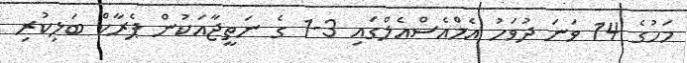
މަހުގެ 14 ވަނަ ދުވަހު އެމްއެސްއެލްގައި 3-1 ގެ ނަތީޖާއަކުން ޕެރާކް ބަލިކުރި